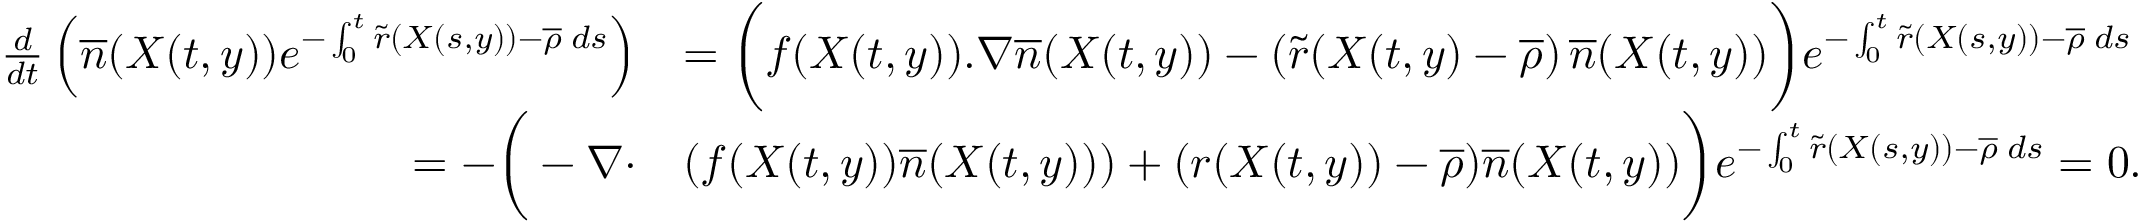
\begin{array} { r l } { \frac { d } { d t } \left( \overline { n } ( X ( t , y ) ) e ^ { - \int _ { 0 } ^ { t } { \tilde { r } ( X ( s , y ) ) - \overline { \rho } \; d s } } \right) } & { = \bigg ( f ( X ( t , y ) ) . \nabla \overline { n } ( X ( t , y ) ) - \left( \tilde { r } ( X ( t , y ) - \overline { \rho } \right) \overline { n } ( X ( t , y ) ) \bigg ) e ^ { - \int _ { 0 } ^ { t } { \tilde { r } ( X ( s , y ) ) - \overline { \rho } \; d s } } } \\ { = - \bigg ( - \nabla \cdot } & { \left( f ( X ( t , y ) ) \overline { n } ( X ( t , y ) ) \right) + ( r ( X ( t , y ) ) - \overline { \rho } ) \overline { n } ( X ( t , y ) ) \bigg ) e ^ { - \int _ { 0 } ^ { t } { \tilde { r } ( X ( s , y ) ) - \overline { \rho } \; d s } } = 0 . } \end{array}